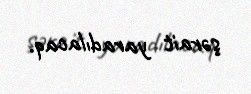
şərait yaradılacaq.